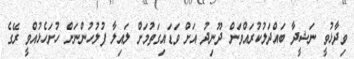
ވިދާޅުވީ ނަޝީދާ ބައްދަލުކުރައްވަން ދޫނިދު އަށް ވަޑައިގަތުމަށް ލައިލާ ފުލުހުންނަށް ހުށަހެޅުއްވީ ރޭގެ